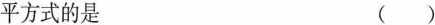
平方式的是 ()